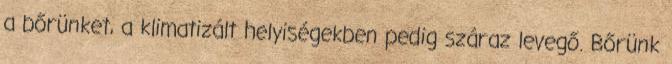
a bőrünket, a klimatizált helyiségekben pedig száraz levegő. Bőrünk